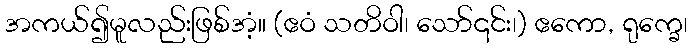
အကယ်၍မူလည်းဖြစ်အံ့။ (ဧဝံ သတိဝါ၊ သော်၎င်း၊) ဧကော, ရုက္ခေ၊